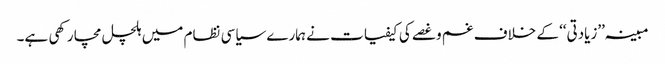
مبینہ ’’زیادتی‘‘ کے خلاف غم وغصے کی کیفیات نے ہمارے سیاسی نظام میں ہلچل مچا رکھی ہے۔